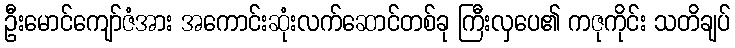
ဦးမောင်ကျော်ဇံအား အကောင်းဆုံးလက်ဆောင်တစ်ခု ကြီးလှပေ၏ ကဇုကိုင်း သတိချပ်